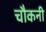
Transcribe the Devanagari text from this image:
चौकनी